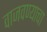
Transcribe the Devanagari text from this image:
वाजवण्याचा